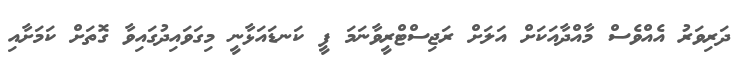
ދަރިވަރު އެއްވެސް މާއްދާއަކަށް އަލަށް ރަޖިސްޓްރީވާނަމަ ފީ ކަނޑައަޅާނީ މިގަވައިދުގައިވާ ގޮތަށް ކަމަށާއި